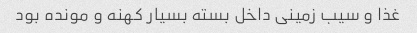
غذا و سیب زمینی داخل بسته بسیار کهنه و مونده بود